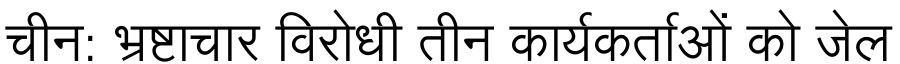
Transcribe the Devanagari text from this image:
चीन: भ्रष्टाचार विरोधी तीन कार्यकर्ताओं को जेल